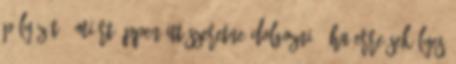
pályázót: “Miért éppen itt szeretne dolgozni?” Ha erre sekélyes